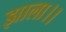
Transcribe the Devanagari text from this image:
झाला।।